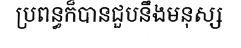
ប្រពន្ធក៏បានជួបនឹងមនុស្ស